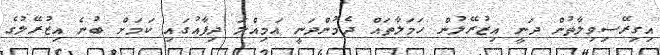
އިގިރޭސިވިލާތުން ދަނީ އިޒުރޭލުން ހަމަލާތައް ދެމުންދަނީ އަމިއްލަ ދިފާއުގައި ކަމަށް ބުނެ އިޒުރޭލުގެ